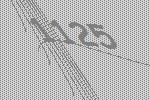
1125